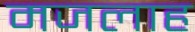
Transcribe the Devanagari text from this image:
मजलाह